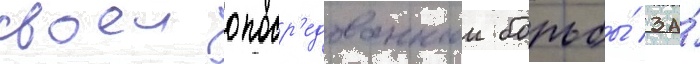
своеи опоср'едованнои борьбы́ за́